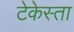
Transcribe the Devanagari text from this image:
टेकेस्ता